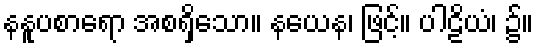
နနူပစာရော အစရှိသော။ နယေန၊ ဖြင့်။ ပါဠိယံ၊ ၌။